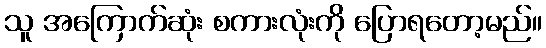
သူ အကြောက်ဆုံး စကားလုံးကို ပြောရတော့မည်။